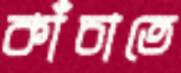
কাঁচাতে